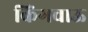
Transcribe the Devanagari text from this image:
किंगचाऊ